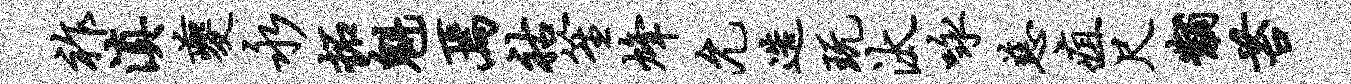
祚滇夔永拓魁焉祜笙烽允造玩汰咏慈疽尺黼苔